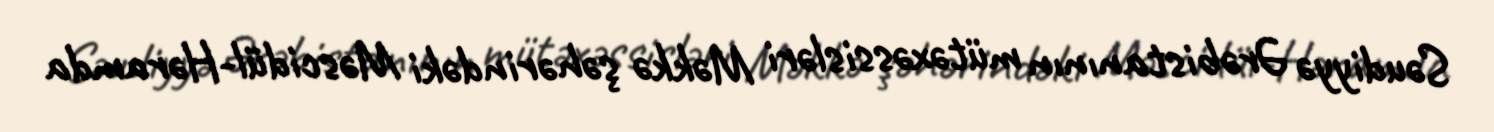
Səudiyyə Ərəbistanının mütəxəssisləri Məkkə şəhərindəki Məscidül-Həramda